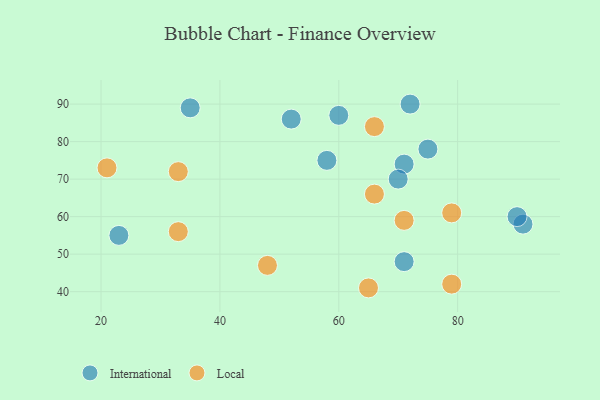
{"axis": {"x": "GDP", "y": "Life Expectancy"}, "legend": ["International", "Local"], "data": [{"x": "58", "y": 75, "type": "International"}, {"x": "91", "y": 58, "type": "International"}, {"x": "75", "y": 78, "type": "International"}, {"x": "71", "y": 74, "type": "International"}, {"x": "35", "y": 89, "type": "International"}, {"x": "71", "y": 48, "type": "International"}, {"x": "72", "y": 90, "type": "International"}, {"x": "23", "y": 55, "type": "International"}, {"x": "70", "y": 70, "type": "International"}, {"x": "90", "y": 60, "type": "International"}, {"x": "52", "y": 86, "type": "International"}, {"x": "60", "y": 87, "type": "International"}, {"x": "33", "y": 56, "type": "Local"}, {"x": "66", "y": 84, "type": "Local"}, {"x": "79", "y": 61, "type": "Local"}, {"x": "33", "y": 72, "type": "Local"}, {"x": "66", "y": 66, "type": "Local"}, {"x": "65", "y": 41, "type": "Local"}, {"x": "71", "y": 59, "type": "Local"}, {"x": "48", "y": 47, "type": "Local"}, {"x": "21", "y": 73, "type": "Local"}, {"x": "79", "y": 42, "type": "Local"}]}